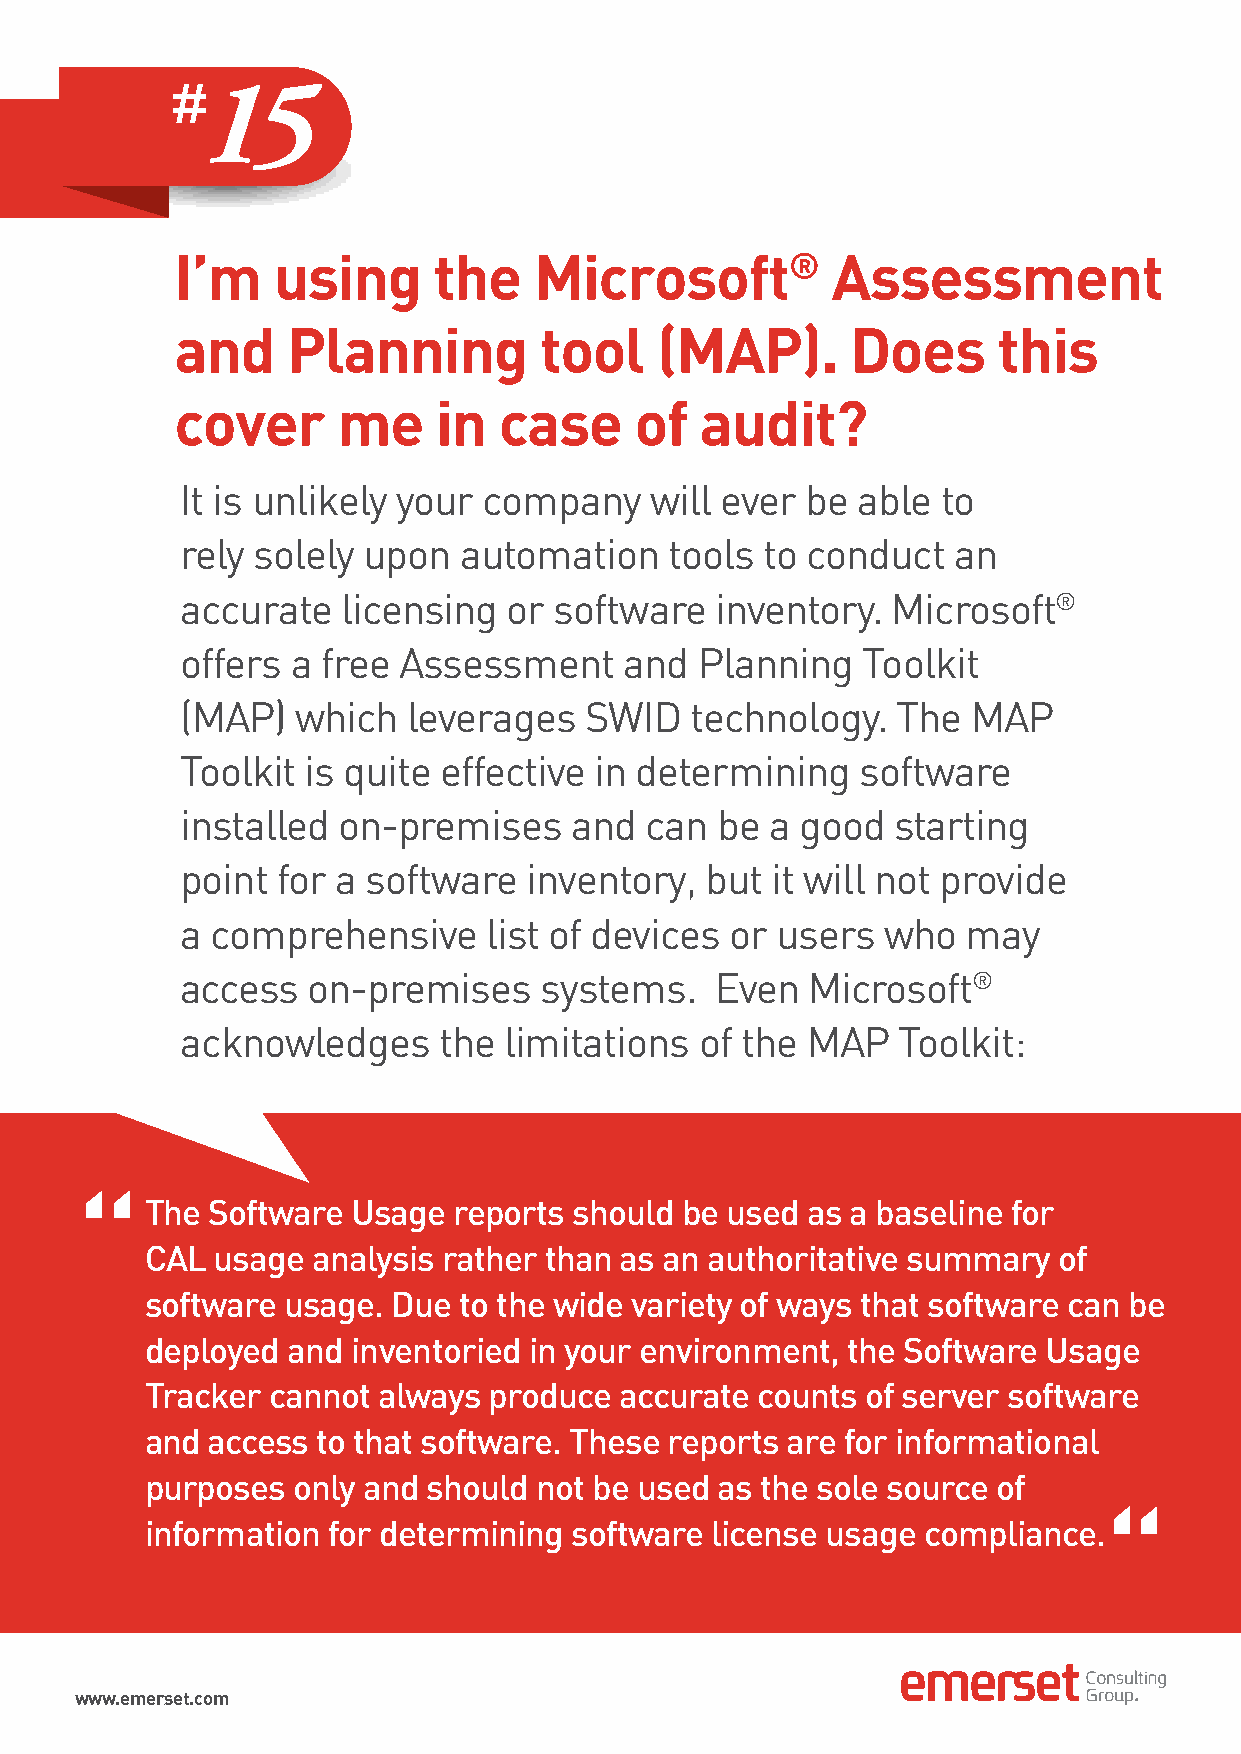
15
 I’m   using      the   Microsoft®          Assessment
 and    Planning         tool   (MAP).       Does      this
 cover     me     in  case     of  audit?
 It is unlikely your company    will ever be  able to
 rely solely upon  automation    tools to conduct   an
 accurate   licensing  or software  inventory.  Microsoft®
 offers a free Assessment     and  Planning   Toolkit
 (MAP)   which  leverages   SWID   technology.  The  MAP
 Toolkit is quite effective in determining    software
 installed on-premises     and  can be  a good  starting
 point for a software   inventory,  but it will not provide
 a comprehensive     list of devices or users   who  may
 access  on-premises     systems.   Even  Microsoft®
 acknowledges     the limitations  of the MAP   Toolkit:
 “The     Software Usage  reports should be used as a baseline for
 CAL usage  analysis rather than as an authoritative summary of
 software usage. Due to the wide variety of ways that software can be
 deployed and inventoried in your environment, the Software Usage
 Tracker cannot always produce  accurate counts of server software
 and access to that software. These reports are for informational
 purposes only and should  not be used as the sole source of
 “
 information for determining software license usage compliance.
 www.emerset.com